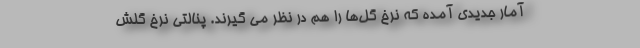
آمار جدیدی آمده که نرخ گل‌ها را هم در نظر می گیرند. پنالتی نرخ گلش